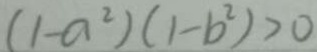
( 1 - a ^ { 2 } ) ( 1 - b ^ { 2 } ) > 0